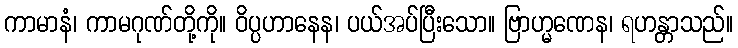
ကာမာနံ၊ ကာမဂုဏ်တို့ကို။ ဝိပ္ပဟာနေန၊ ပယ်အပ်ပြီးသော။ ဗြာဟ္မဏေန၊ ရဟန္တာသည်။